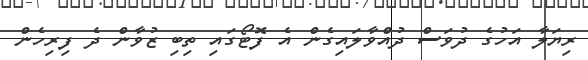
ރިޔަލާ އަހުގެ ދުވަސް ދުއްވާލައިގެން އެ ފޮޓޯގައި ތިބި ޒުވާން ދެ ފިރިހެން